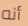
أنه